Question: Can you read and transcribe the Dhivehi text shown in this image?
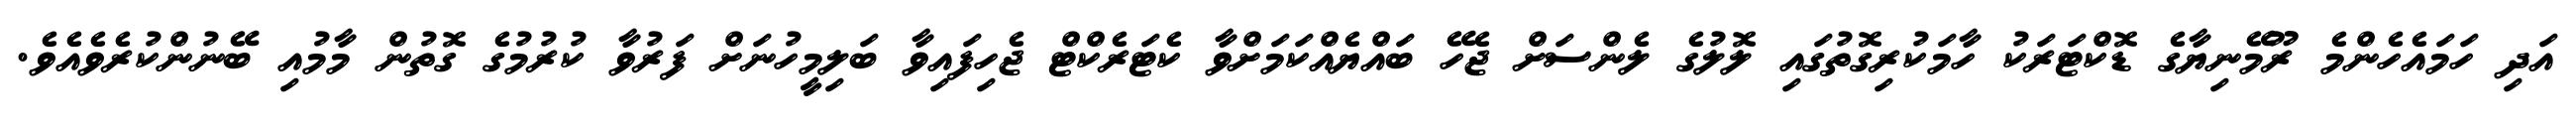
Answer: އަދި ހަމައެހެންމެ ރޫމޭނިޔާގެ ޑޮކްޓަރަކު ހާމަކުރިގޮތުގައި ލޮލުގެ ލެންސަށް ޖެހޭ ބައްޔެއްކަމަށްވާ ކެޓަރެކްޓް ޖެހިފައިވާ ބަލިމީހުނަށް ފަރުވާ ކުރުމުގެ ގޮތުން މާމުއި ބޭނުންކުރެވެއެވެ.